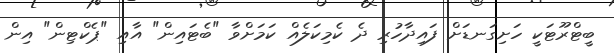
ބީޓްރޫޓަކީ ހަށިގަނޑަށް ފައިދާހުރި ދެ ކެމިކަލެއް ކަމަށްވާ "ބެޓައިން" އާއި "ޕެކްޓިން" އިން